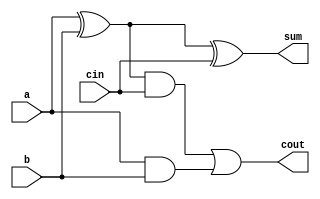
module FA(output sum, cout, input a, b, cin);
  wire w0, w1, w2;
  
  xor (w0, a, b);
  xor (sum, w0, cin);
  
  and (w1, w0, cin);
  and (w2, a, b);
  or (cout, w1, w2);
endmodule